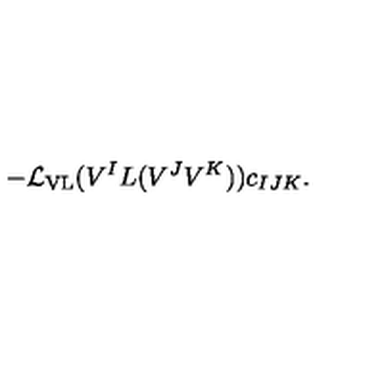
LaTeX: - { \cal L } _ { \mathrm { V L } } ( V ^ { I } L ( V ^ { J } V ^ { K } ) ) c _ { I J K } .